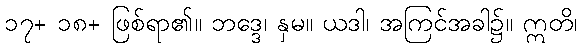
၁၇+ ၁၈+ ဖြစ်ရာ၏။ ဘဒ္ဒေ၊ နှမ။ ယဒါ၊ အကြင်အခါ၌။ ဣတိ၊